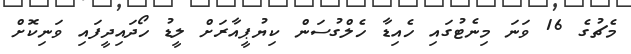
މެޗުގެ 16 ވަނަ މިނެޓުގައި ހެއިޑާ ހެލްގުސަން ކިޔުޕީއާރަށް ލީޑު ހޯދައިދީފައި ވަނިކޮށް